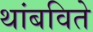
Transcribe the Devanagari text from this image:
थांबविते